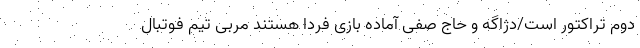
دوم تراکتور است/دژاگه و حاج صفی آماده بازی فردا هستند مربی تیم فوتبال